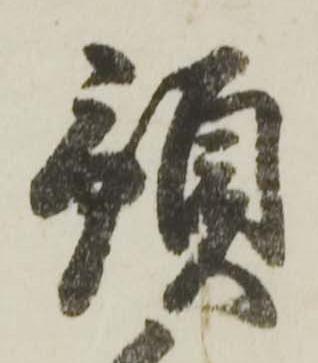
預